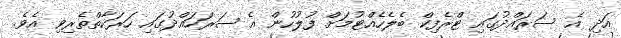
އަދި އެ ސަރައްދުގައި ޓްރެފިކް ބެލެހެއްޓުމަށް ފުލުހުން އެ ސަރަަހައްދުގައި ހަރަކާތްތެރިވި އެވެ.